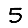
Digit: 5